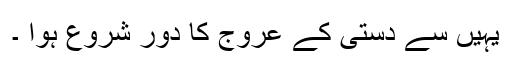
یہیں سے دستی کے عروج کا دور شروع ہوا ۔